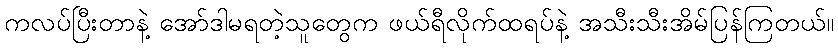
ကလပ်ပြီးတာနဲ့ အော်ဒါမရတဲ့သူတွေက ဖယ်ရီလိုက်ထရပ်နဲ့ အသီးသီးအိမ်ပြန်ကြတယ်။